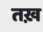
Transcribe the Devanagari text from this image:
तख़